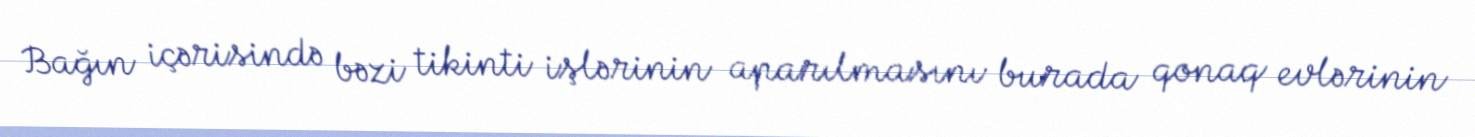
Bağın içərisində bəzi tikinti işlərinin aparılmasını burada qonaq evlərinin